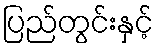
ပြည်တွင်းနှင့်